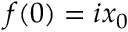
f ( 0 ) = i x _ { 0 }